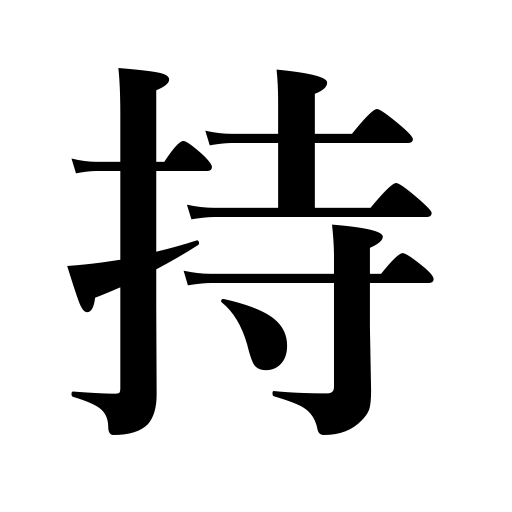
Meanings: pay,entertain,possess,bear a grudge,observe principles,last long,have,hold,wear,take,have charge of,carry,maintain